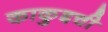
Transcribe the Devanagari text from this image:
काकुइची